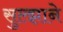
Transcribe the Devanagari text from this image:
सुल्झाने